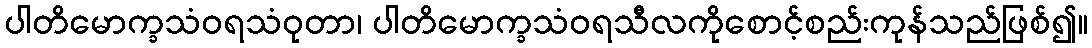
ပါတိမောက္ခသံဝရသံဝုတာ၊ ပါတိမောက္ခသံဝရသီလကိုစောင့်စည်းကုန်သည်ဖြစ်၍။